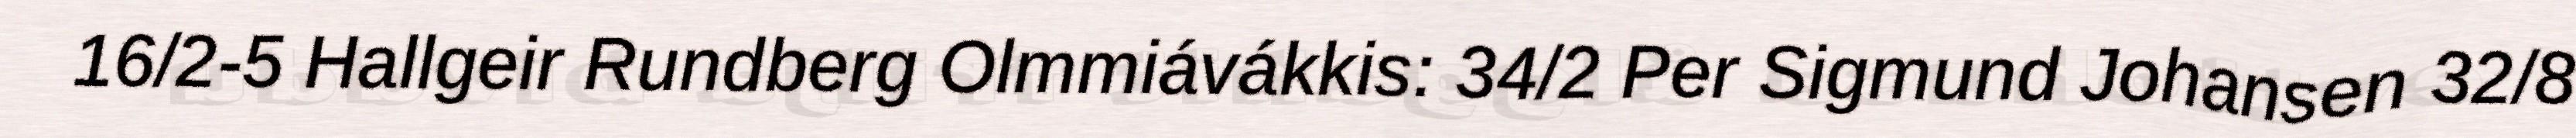
16/2-5 Hallgeir Rundberg Olmmiávákkis: 34/2 Per Sigmund Johansen 32/8